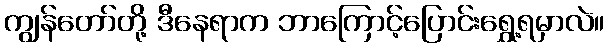
ကျွန်တော်တို့ ဒီနေရာက ဘာကြောင့်ပြောင်းရွှေ့ရမှာလဲ။